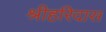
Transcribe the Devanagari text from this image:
श्रीहरिदास